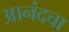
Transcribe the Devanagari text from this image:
आनंदचा